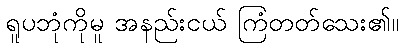
ရူပဘုံကိုမူ အနည်းငယ် ကြံတတ်သေး၏။